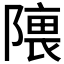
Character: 𱀰